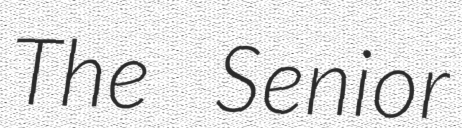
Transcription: The Senior